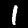
Label: 1